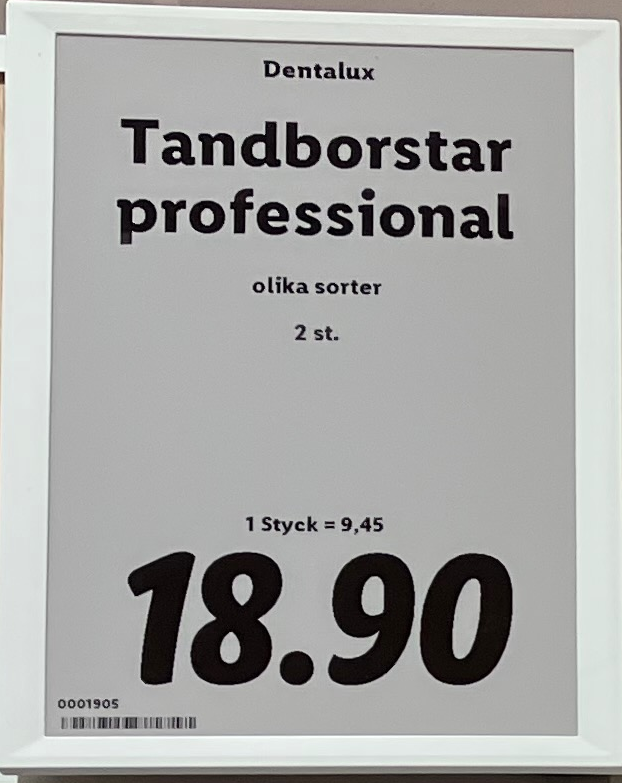
Vara: Tandborstar professional
Genomsnittspris: 9.45 per st